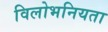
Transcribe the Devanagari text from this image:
विलोभनियता